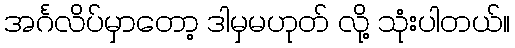
အင်္ဂလိပ်မှာတော့ ဒါမှမဟုတ် လို့ သုံးပါတယ်။